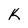
Character: K